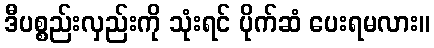
ဒီပစ္စည်းလှည်းကို သုံးရင် ပိုက်ဆံ ပေးရမလား။